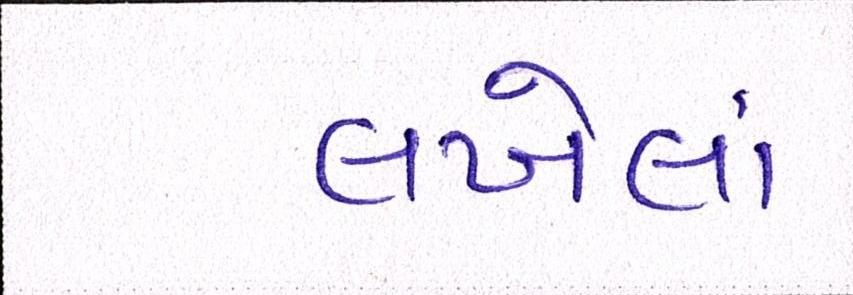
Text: લખેલાં